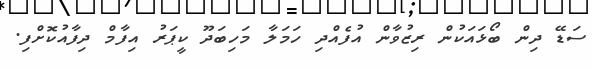
ސަޑޭ ދިން ބޯޅައަކުން ރިޒުވާން އުފެއްދި ހަމަލާ މަހިބަދޫ ކީޕަރު އިފާމް ދިފާއުކޮށްފި.